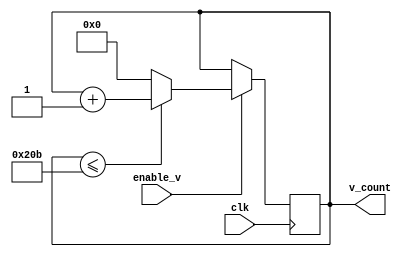
// Code your design here
module v_counter(clk, enable_v, v_count);
  input clk; input enable_v;
  output [9:0] v_count;
  // we use register for both our outputs as they eventually will be changed
  reg [9:0] v_count;
  initial
    v_count <= 0;
    always @ (posedge clk)
    begin
      if (enable_v == 1)
        begin
          if (v_count <= 523)
          	v_count <= v_count + 1;
          else
          	v_count <= 0;
        end
    end
endmodule